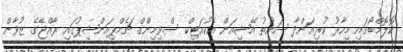
ކޮލޮމްބޯގައި މިހާރު ކުރިއަށްދާ ސައުތު އޭޝިއަން އެކުއަޓިކް ސްވިމިންގް ޗެމްޕިއަންޝިޕުގައި ރާއްޖޭގެ ޒުވާން